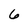
Character: 6